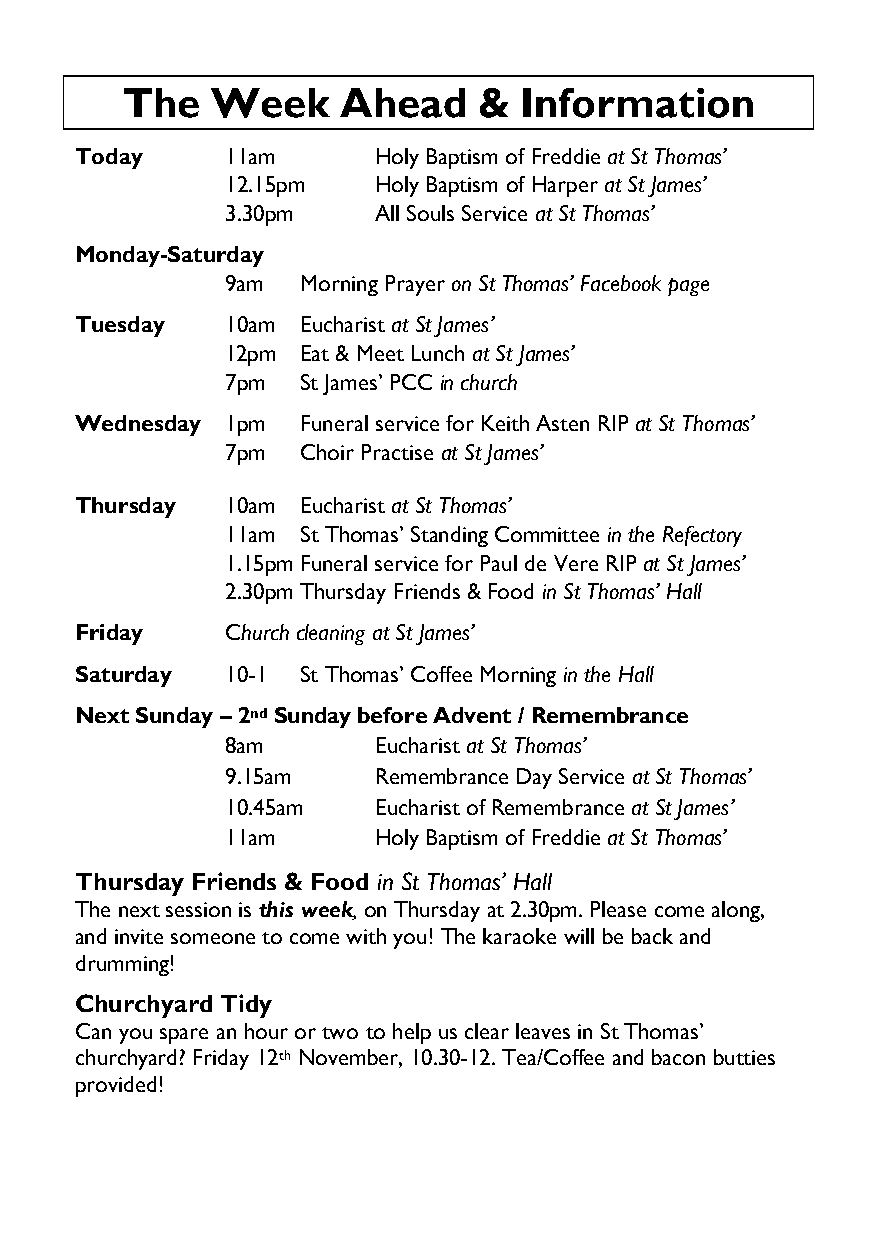
The   Week     Ahead    &  Information
 Today     11am      Holy Baptism of Freddie at St Thomas’
 12.15pm   Holy Baptism of Harper at St James’
 3.30pm    All Souls Service at St Thomas’
 Monday-Saturday
 9am  Morning Prayer on St Thomas’ Facebook page
 Tuesday   10am Eucharist at St James’
 12pm Eat & Meet Lunch at St James’
 7pm  St James’ PCC in church
 Wednesday 1pm  Funeral service for Keith Asten RIP at St Thomas’
 7pm  Choir Practise at St James’
 Thursday  10am Eucharist at St Thomas’
 11am St Thomas’ Standing Committee in the Refectory
 1.15pm Funeral service for Paul de Vere RIP at St James’
 2.30pm Thursday Friends & Food in St Thomas’ Hall
 Friday    Church cleaning at St James’
 Saturday  10-1 St Thomas’ Coffee Morning in the Hall
 Next Sunday – 2nd Sunday before Advent / Remembrance
 8am       Eucharist at St Thomas’
 9.15am    Remembrance Day Service at St Thomas’
 10.45am   Eucharist of Remembrance at St James’
 11am      Holy Baptism of Freddie at St Thomas’
 Thursday Friends & Food in St Thomas’ Hall
 The next session is this week, on Thursday at 2.30pm. Please come along,
 and invite someone to come with you! The karaoke will be back and
 drumming!
 Churchyard Tidy
 Can you spare an hour or two to help us clear leaves in St Thomas’
 churchyard? Friday 12th November, 10.30-12. Tea/Coffee and bacon butties
 provided!